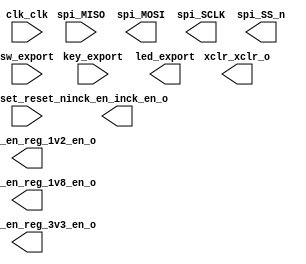

module c5_niosii_spi_slvsec (
	clk_clk,
	inck_en_inck_en_o,
	key_export,
	led_export,
	reg_1v2_en_reg_1v2_en_o,
	reg_1v8_en_reg_1v8_en_o,
	reg_3v3_en_reg_3v3_en_o,
	reset_reset_n,
	spi_MISO,
	spi_MOSI,
	spi_SCLK,
	spi_SS_n,
	sw_export,
	xclr_xclr_o);	

	input		clk_clk;
	output		inck_en_inck_en_o;
	input		key_export;
	output	[7:0]	led_export;
	output		reg_1v2_en_reg_1v2_en_o;
	output		reg_1v8_en_reg_1v8_en_o;
	output		reg_3v3_en_reg_3v3_en_o;
	input		reset_reset_n;
	input		spi_MISO;
	output		spi_MOSI;
	output		spi_SCLK;
	output		spi_SS_n;
	input	[3:0]	sw_export;
	output		xclr_xclr_o;
endmodule